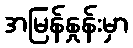
အမြန်နှုန်းမှာ